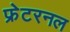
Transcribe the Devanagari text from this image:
फ्रेटरनल